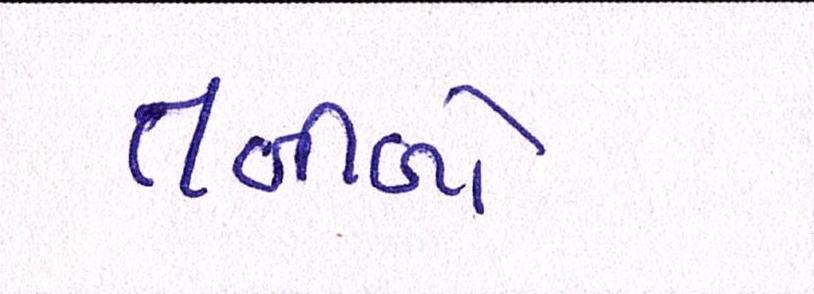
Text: તબીબો